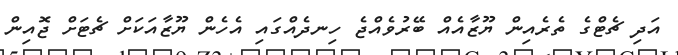
އަދި ޗެޓްގެ ތެރެެއިން ޔޫޒާއެއް ބޭރުވެއްޖެ ހިނދެއްގައި އެހެން ޔޫޒާއަކަށް ޗެޓަށް ޖޮއިން